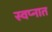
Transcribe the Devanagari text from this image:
स्‍वप्‍नात